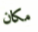
مكان